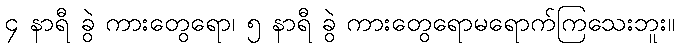
၄ နာရီ ခွဲ ကားတွေရော၊ ၅ နာရီ ခွဲ ကားတွေရောမရောက်ကြသေးဘူး။